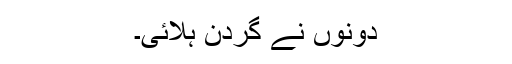
دونوں نے گردن ہلائی۔